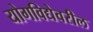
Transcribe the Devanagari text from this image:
योगविद्येवरील